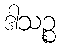
ဒါသဉ္စ